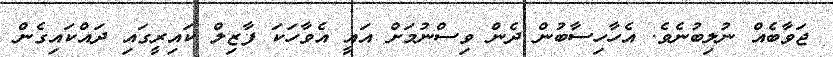
ޖަވާބެއް ނުލިބުނެވެ. އެހާހިސާބުން ދެން ވިސްނުމަށް އައީ އެވާހަކަ ފާޒިލް ކައިރީގައި ދައްކައިގެން